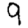
Digit: 9